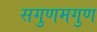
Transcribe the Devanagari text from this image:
सगुणमगुण